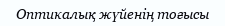
Оптикалық жүйенің тоғысы